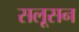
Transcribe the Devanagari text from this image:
सलूसन